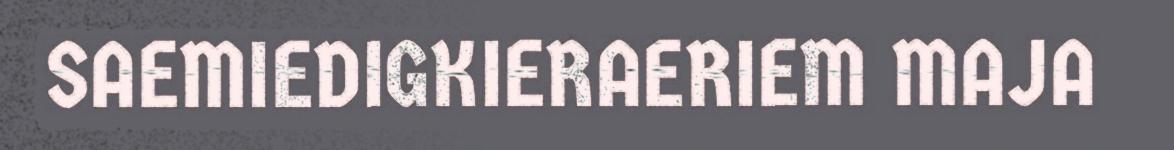
SAEMIEDIGKIERAERIEM MAJA